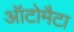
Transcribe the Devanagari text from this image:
ऑटोमैटा